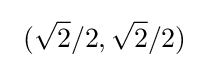
\ ({\sqrt {2}}/2,{\sqrt {2}}/2)\